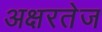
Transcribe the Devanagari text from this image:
अक्षरतेज